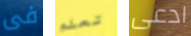
فى تعلم ادعى